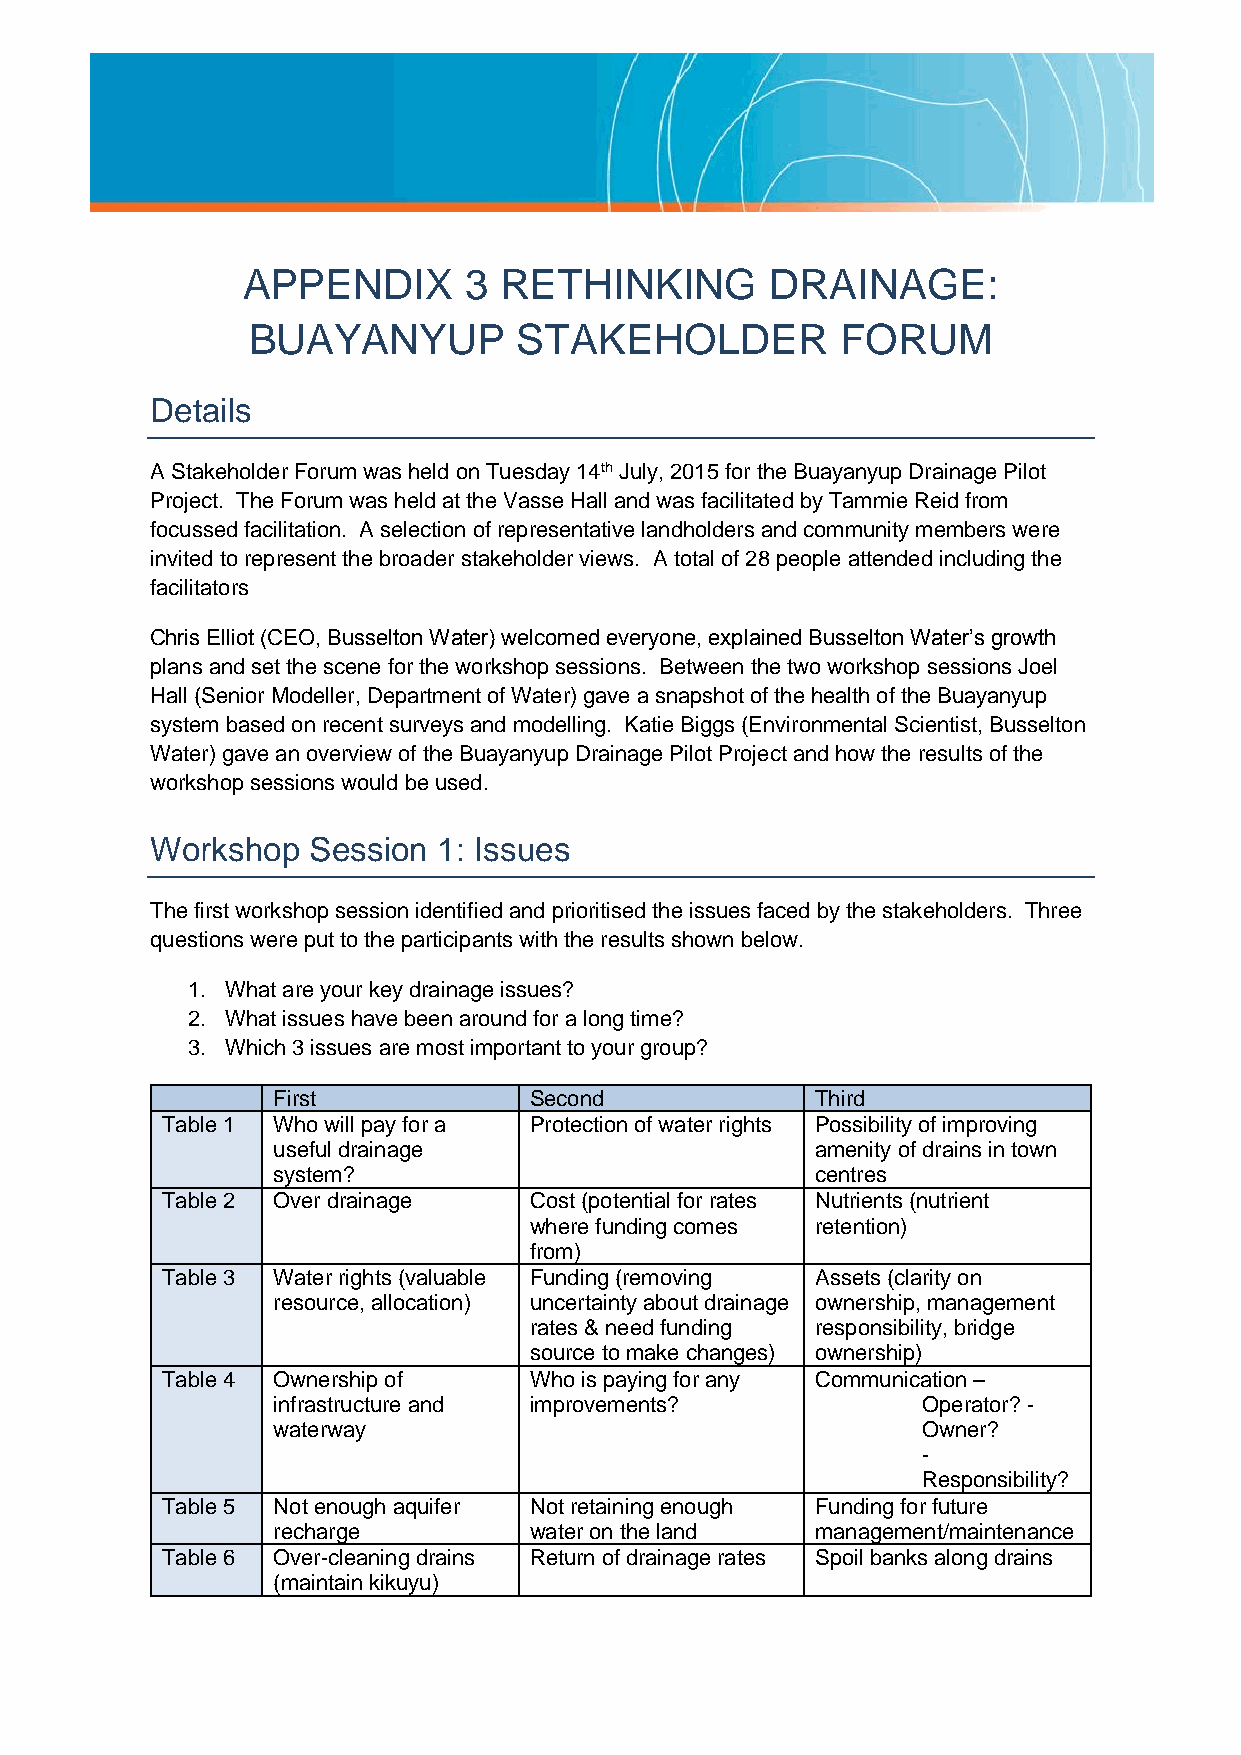
APPENDIX       3 RETHINKING        DRAINAGE:
 BUAYANYUP         STAKEHOLDER           FORUM
 Details
 A Stakeholder Forum was held on Tuesday 14th July, 2015 for the Buayanyup Drainage Pilot
 Project. The Forum was held at the Vasse Hall and was facilitated by Tammie Reid from
 focussed facilitation. A selection of representative landholders and community members were
 invited to represent the broader stakeholder views. A total of 28 people attended including the
 facilitators
 Chris Elliot (CEO, Busselton Water) welcomed everyone, explained Busselton Water’s growth
 plans and set the scene for the workshop sessions. Between the two workshop sessions Joel
 Hall (Senior Modeller, Department of Water) gave a snapshot of the health of the Buayanyup
 system based on recent surveys and modelling. Katie Biggs (Environmental Scientist, Busselton
 Water) gave an overview of the Buayanyup Drainage Pilot Project and how the results of the
 workshop sessions would be used.
 Workshop  Session  1: Issues
 The first workshop session identified and prioritised the issues faced by the stakeholders. Three
 questions were put to the participants with the results shown below.
 1. What are your key drainage issues?
 2. What issues have been around for a long time?
 3. Which 3 issues are most important to your group?
 First            Second             Third
 Table 1 Who will pay for a Protection of water rights Possibility of improving
 useful drainage                     amenity of drains in town
 system?                             centres
 Table 2 Over drainage   Cost (potential for rates Nutrients (nutrient
 where funding comes retention)
 from)
 Table 3 Water rights (valuable Funding (removing Assets (clarity on
 resource, allocation) uncertainty about drainage ownership, management
 rates & need funding responsibility, bridge
 source to make changes) ownership)
 Table 4 Ownership of    Who is paying for any Communication –
 infrastructure and improvements?           Operator? -
 waterway                                   Owner?
 -
 Responsibility?
 Table 5 Not enough aquifer Not retaining enough Funding for future
 recharge         water on the land  management/maintenance
 Table 6 Over-cleaning drains Return of drainage rates Spoil banks along drains
 (maintain kikuyu)